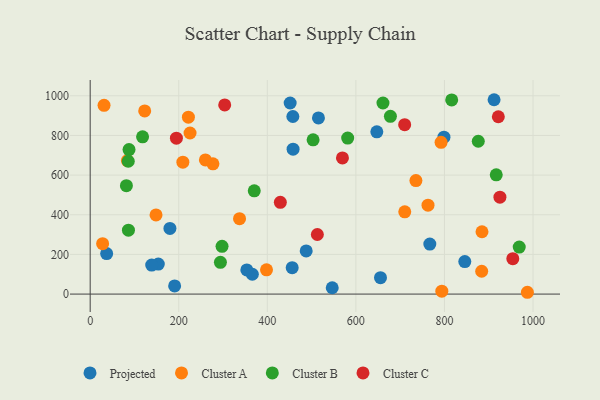
{"axis": {"x": "Engine Size", "y": "Exam Score"}, "legend": ["Cluster A", "Cluster B", "Cluster C", "Projected"], "data": [{"x": "456.2", "y": 133.0, "type": "Projected"}, {"x": "37.2", "y": 204.1, "type": "Projected"}, {"x": "487.8", "y": 217.7, "type": "Projected"}, {"x": "153.8", "y": 151.3, "type": "Projected"}, {"x": "451.6", "y": 963.7, "type": "Projected"}, {"x": "546.6", "y": 31.9, "type": "Projected"}, {"x": "180.1", "y": 331.2, "type": "Projected"}, {"x": "138.9", "y": 146.5, "type": "Projected"}, {"x": "458.2", "y": 730.5, "type": "Projected"}, {"x": "846.0", "y": 163.7, "type": "Projected"}, {"x": "515.5", "y": 888.1, "type": "Projected"}, {"x": "366.2", "y": 100.0, "type": "Projected"}, {"x": "190.7", "y": 41.1, "type": "Projected"}, {"x": "647.3", "y": 818.3, "type": "Projected"}, {"x": "798.9", "y": 791.3, "type": "Projected"}, {"x": "767.0", "y": 252.0, "type": "Projected"}, {"x": "457.7", "y": 895.5, "type": "Projected"}, {"x": "655.6", "y": 82.6, "type": "Projected"}, {"x": "353.7", "y": 122.0, "type": "Projected"}, {"x": "912.1", "y": 980.1, "type": "Projected"}, {"x": "987.3", "y": 9.1, "type": "Cluster A"}, {"x": "84.1", "y": 673.4, "type": "Cluster A"}, {"x": "884.8", "y": 314.3, "type": "Cluster A"}, {"x": "148.7", "y": 399.0, "type": "Cluster A"}, {"x": "123.1", "y": 923.8, "type": "Cluster A"}, {"x": "792.4", "y": 765.4, "type": "Cluster A"}, {"x": "277.2", "y": 657.0, "type": "Cluster A"}, {"x": "735.6", "y": 572.6, "type": "Cluster A"}, {"x": "31.3", "y": 951.9, "type": "Cluster A"}, {"x": "260.2", "y": 676.3, "type": "Cluster A"}, {"x": "221.8", "y": 892.0, "type": "Cluster A"}, {"x": "398.2", "y": 122.5, "type": "Cluster A"}, {"x": "794.1", "y": 14.4, "type": "Cluster A"}, {"x": "762.9", "y": 448.2, "type": "Cluster A"}, {"x": "225.5", "y": 812.2, "type": "Cluster A"}, {"x": "28.1", "y": 254.2, "type": "Cluster A"}, {"x": "710.4", "y": 414.6, "type": "Cluster A"}, {"x": "209.3", "y": 665.2, "type": "Cluster A"}, {"x": "337.3", "y": 380.3, "type": "Cluster A"}, {"x": "884.1", "y": 115.1, "type": "Cluster A"}, {"x": "87.7", "y": 728.5, "type": "Cluster B"}, {"x": "118.3", "y": 793.1, "type": "Cluster B"}, {"x": "297.8", "y": 240.8, "type": "Cluster B"}, {"x": "294.1", "y": 160.2, "type": "Cluster B"}, {"x": "816.4", "y": 979.2, "type": "Cluster B"}, {"x": "917.0", "y": 601.5, "type": "Cluster B"}, {"x": "968.9", "y": 237.0, "type": "Cluster B"}, {"x": "81.8", "y": 546.8, "type": "Cluster B"}, {"x": "581.5", "y": 786.8, "type": "Cluster B"}, {"x": "661.2", "y": 963.7, "type": "Cluster B"}, {"x": "503.4", "y": 777.9, "type": "Cluster B"}, {"x": "370.5", "y": 520.6, "type": "Cluster B"}, {"x": "876.4", "y": 770.6, "type": "Cluster B"}, {"x": "86.4", "y": 322.5, "type": "Cluster B"}, {"x": "86.0", "y": 669.8, "type": "Cluster B"}, {"x": "678.0", "y": 896.6, "type": "Cluster B"}, {"x": "513.0", "y": 300.4, "type": "Cluster C"}, {"x": "194.7", "y": 786.3, "type": "Cluster C"}, {"x": "429.4", "y": 462.9, "type": "Cluster C"}, {"x": "921.7", "y": 894.2, "type": "Cluster C"}, {"x": "710.2", "y": 854.4, "type": "Cluster C"}, {"x": "954.4", "y": 178.5, "type": "Cluster C"}, {"x": "569.7", "y": 686.5, "type": "Cluster C"}, {"x": "303.8", "y": 953.9, "type": "Cluster C"}, {"x": "925.3", "y": 488.7, "type": "Cluster C"}]}